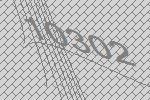
10302